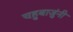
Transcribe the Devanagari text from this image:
चहुबाजुंनी